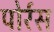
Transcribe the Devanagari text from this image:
पोर्रस